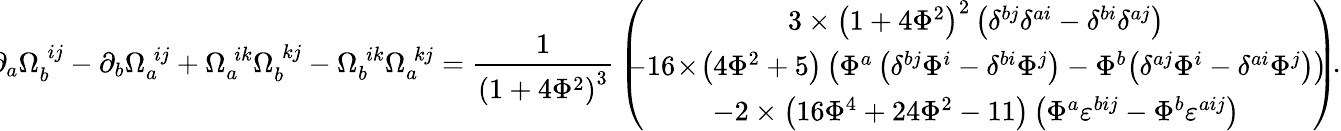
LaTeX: \! \! \partial_{a}\Omega_{b}^{\; ij}-\partial_{b}\Omega_{a}^{\; ij}+\Omega_{a}^{\; ik}\Omega_{b}^{\; kj}-\Omega_{b}^{\; ik}\Omega_{a}^{\; kj}=\frac 1{\left(1+4\Phi^{2}\right)^{3}}\, \left(\! \! \! \! \begin{array}{c}{{3\times\left(1+4\Phi^{2}\right)^{2}\left(\delta^{bj}\delta^{ai}-\delta^{bi}\delta^{aj}\right)}}\\ {{-16\! \times\! \left(4\Phi^{2}+5\right)\left(\Phi^{a}\left(\delta^{bj}\Phi^{i}-\delta^{bi}\Phi^{j}\right)-\Phi^{b}\! \left(\delta^{aj}\Phi^{i}-\delta^{ai}\Phi^{j}\right)\right)}}\\ {{-2\times\left(16\Phi^{4}+24\Phi^{2}-11\right)\left(\Phi^{a}\varepsilon^{bij}-\Phi^{b}\varepsilon^{aij}\right)}}\end{array}\! \! \! \right)\! .